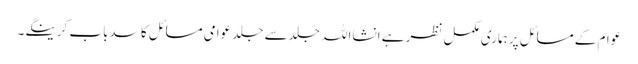
عوام کے مسائل پر ہماری مکمل نظر ہے انشااللہ جلدسے جلد عوامی مسائل کا سدباب کرینگے۔